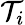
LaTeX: \mathcal{T}_{i}